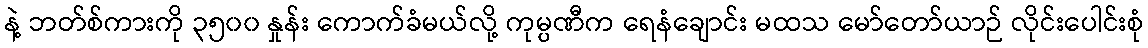
နဲ့ ဘတ်စ်ကားကို ၃၅၀၀ နှုန်း ကောက်ခံမယ်လို့ ကုမ္ပဏီက ရေနံချောင်း မထသ မော်တော်ယာဉ် လိုင်းပေါင်းစုံ